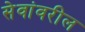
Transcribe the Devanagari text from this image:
सेवांवरील